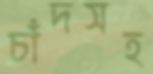
চাঁদসহ